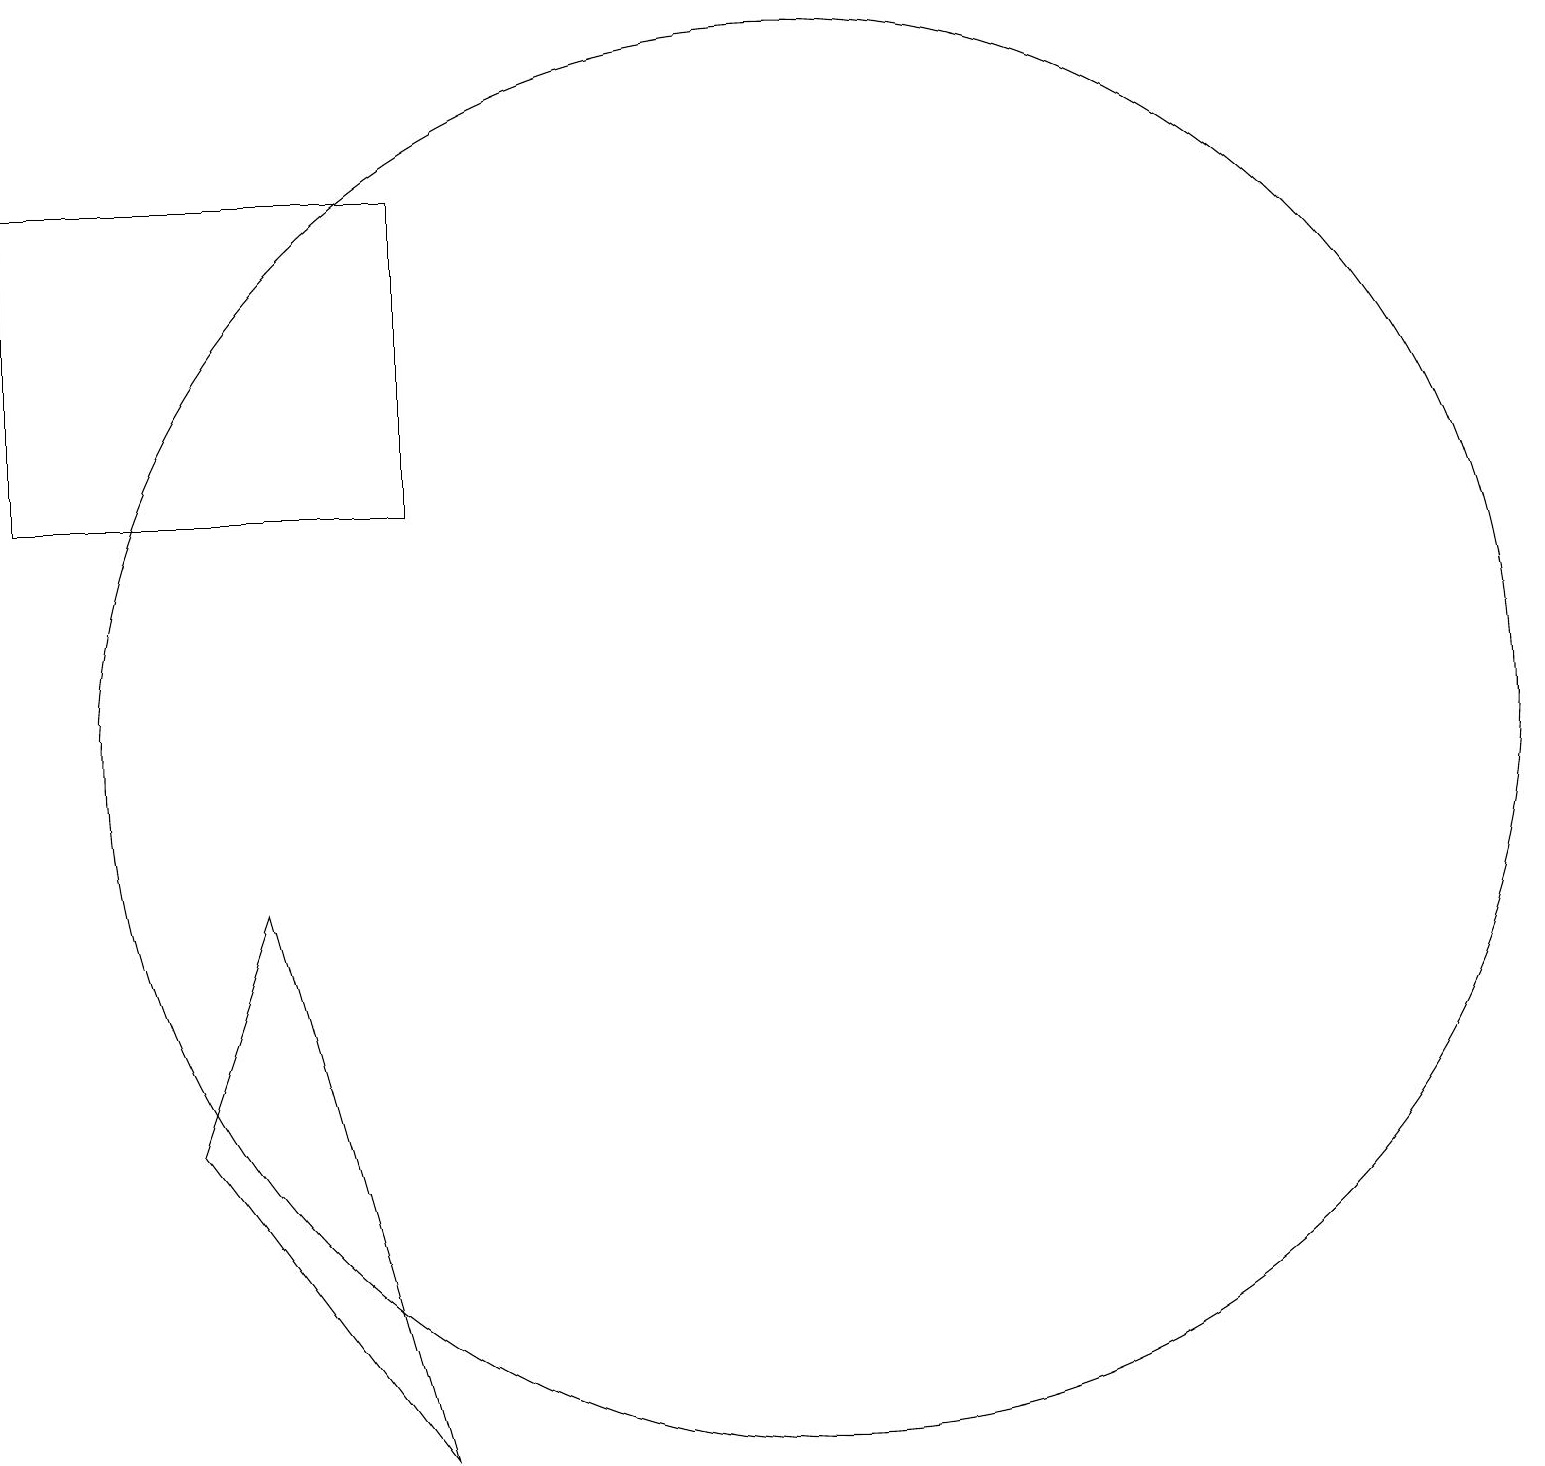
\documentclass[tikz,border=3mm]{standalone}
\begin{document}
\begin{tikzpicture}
\draw (10,11) circle (9);
\draw (5,18) rectangle (0,14);
\draw (2,6) -- (5,2) -- (3,9) -- cycle;
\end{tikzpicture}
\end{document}